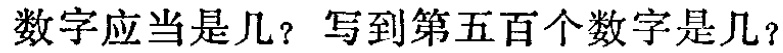
数字应当是几？写到第五百个数字是几？